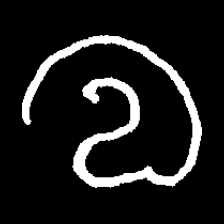
Pyu character \u2014 Myanmar letter: လ (romanized: la)